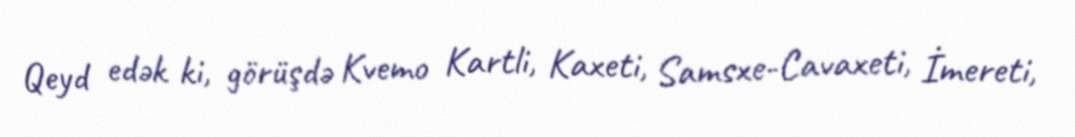
Qeyd edək ki, görüşdə Kvemo Kartli, Kaxeti, Samsxe-Cavaxeti, İmereti,